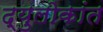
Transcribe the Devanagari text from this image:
द्युलोकांत